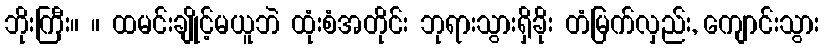
ဘိုးကြီး။ ။ ထမင်းချိုင့်မယူဘဲ ထုံးစံအတိုင်း ဘုရားသွားရှိခိုး တံမြက်လှည်း, ကျောင်းသွား